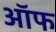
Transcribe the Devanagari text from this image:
ऑफ